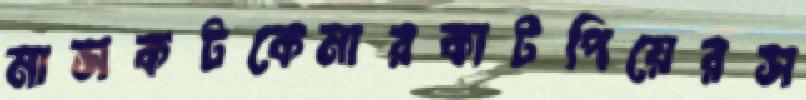
মাসকটকেমারকাটপিয়েরস